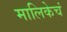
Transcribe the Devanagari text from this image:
मालिकेचं